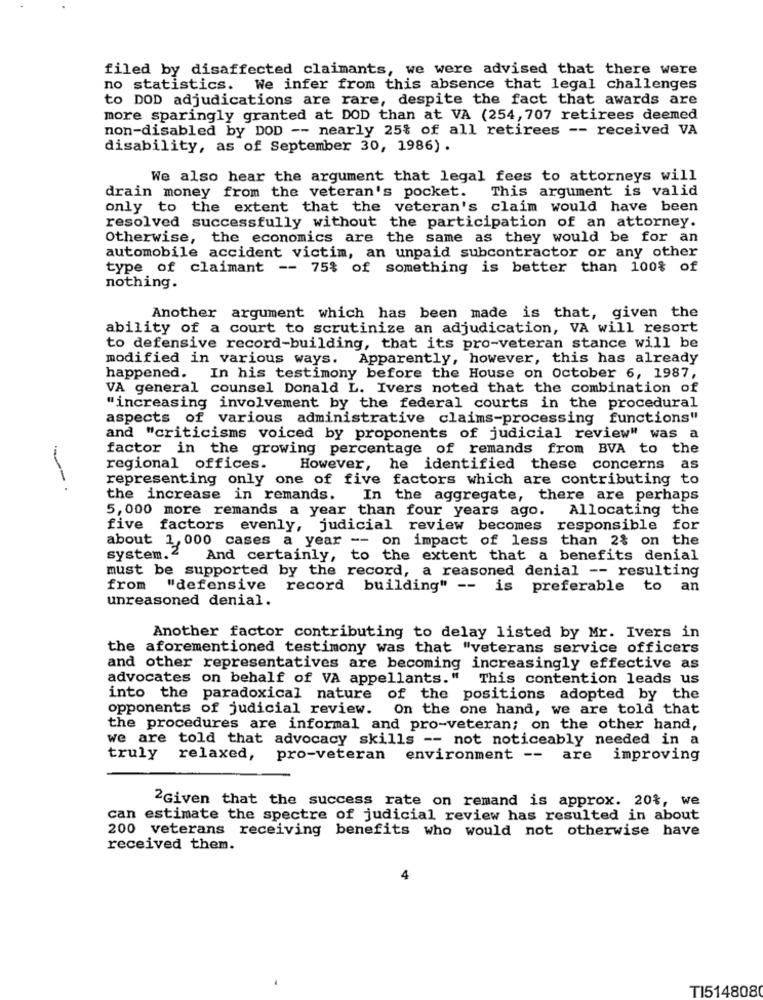
filed by disaffected claimants, we were advised that there were
no statistics. We infer from this absence that legal challenges
to DOD adjudications are rare, despite the fact that awards are
more sparingly granted at DOD than at VA (254, 707 retirees deemed
non-disabled by DOD -- nearly 25% of all retirees -- received VA
disability, as of September 30, 1986) .
We also hear the argument that legal fees to attorneys will
This argument is valid
drain money from the veteran's pocket.
only to the extent that the veteran's claim would have been
resolved successfully without the participation of an attorney.
Otherwise, the economics are the same as they would be for an
automobile accident victim, an unpaid subcontractor or any other
type of claimant -- 75% of something is better than 100% of
nothing.
Another argument which has been made is that, given the
ability of a court to scrutinize an adjudication, VA will resort
to defensive record-building, that its pro-veteran stance will be
modified in various ways. Apparently, however, this has already
happened. In his testimony before the House on October 6, 1987,
VA general counsel Donald L. Ivers noted that the combination of
"increasing involvement by the federal courts in the procedural
aspects of various administrative claims-processing functions"
and "criticisms voiced by proponents of judicial review" was a
factor in the growing percentage of remands from BVA to the
regional offices.
However,
he identified these concerns as
representing only one of five factors which are contributing to
--.
the increase in remands. In the aggregate, there are perhaps
5,000 more remands a year than four years ago. Allocating the
five factors evenly, judicial review becomes responsible for
about 1, 000 cases a year -- on impact of less than 2% on the
system.2
And certainly, to the extent that a benefits denial
must be supported by the record, a reasoned denial -- resulting
from
"defensive record building" -- is preferable to an
unreasoned denial.
Another factor contributing to delay listed by Mr. Ivers in
the aforementioned testimony was that "veterans service officers
and other representatives are becoming increasingly effective as
advocates on behalf of VA appellants." This contention leads us
into the paradoxical nature of the positions adopted by the
opponents of judicial review.
On the one hand, we are told that
the procedures are informal and pro-veteran; on the other hand,
we are told that advocacy skills -- not noticeably needed in a
truly relaxed,
pro-veteran
environment --
are
improving
2Given that the success rate on remand is approx. 20%, we
can estimate the spectre of judicial review has resulted in about
200 veterans receiving benefits who would not otherwise have
received them.
4
TI514808